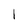
Character: l